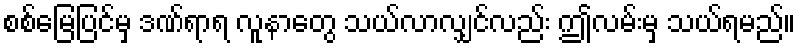
စစ်မြေပြင်မှ ဒဏ်ရာရ လူနာတွေ သယ်လာလျှင်လည်း ဤလမ်းမှ သယ်ရမည်။